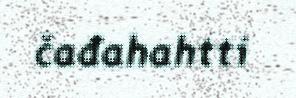
čađahahtti